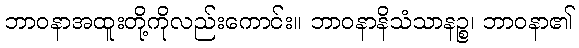
ဘာဝနာအထူးတို့ကိုလည်းကောင်း။ ဘာဝနာနိသံသာနဉ္စ၊ ဘာဝနာ၏